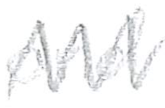
Text: and
Cross-out: zig-zag
Writing tool: pencil